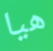
هيا